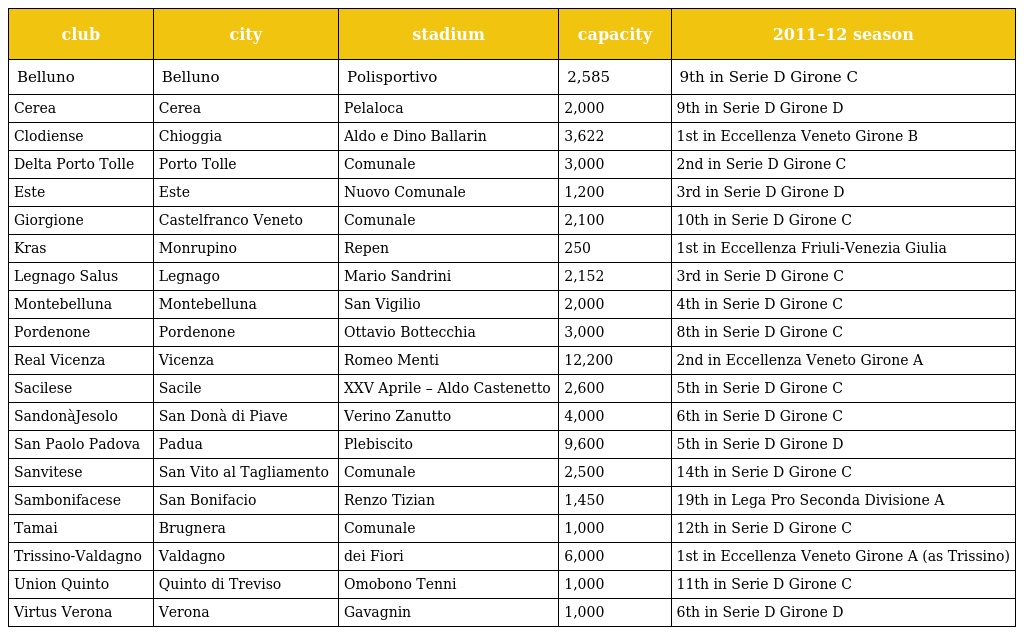
| club | city | stadium | capacity | 2011–12 season |
 | --- | --- | --- | --- | --- |
 | Belluno | Belluno | Polisportivo | 2,585 | 9th in Serie D Girone C |
 | Cerea | Cerea | Pelaloca | 2,000 | 9th in Serie D Girone D |
 | Clodiense | Chioggia | Aldo e Dino Ballarin | 3,622 | 1st in Eccellenza Veneto Girone B |
 | Delta Porto Tolle | Porto Tolle | Comunale | 3,000 | 2nd in Serie D Girone C |
 | Este | Este | Nuovo Comunale | 1,200 | 3rd in Serie D Girone D |
 | Giorgione | Castelfranco Veneto | Comunale | 2,100 | 10th in Serie D Girone C |
 | Kras | Monrupino | Repen | 250 | 1st in Eccellenza Friuli-Venezia Giulia |
 | Legnago Salus | Legnago | Mario Sandrini | 2,152 | 3rd in Serie D Girone C |
 | Montebelluna | Montebelluna | San Vigilio | 2,000 | 4th in Serie D Girone C |
 | Pordenone | Pordenone | Ottavio Bottecchia | 3,000 | 8th in Serie D Girone C |
 | Real Vicenza | Vicenza | Romeo Menti | 12,200 | 2nd in Eccellenza Veneto Girone A |
 | Sacilese | Sacile | XXV Aprile – Aldo Castenetto | 2,600 | 5th in Serie D Girone C |
 | SandonàJesolo | San Donà di Piave | Verino Zanutto | 4,000 | 6th in Serie D Girone C |
 | San Paolo Padova | Padua | Plebiscito | 9,600 | 5th in Serie D Girone D |
 | Sanvitese | San Vito al Tagliamento | Comunale | 2,500 | 14th in Serie D Girone C |
 | Sambonifacese | San Bonifacio | Renzo Tizian | 1,450 | 19th in Lega Pro Seconda Divisione A |
 | Tamai | Brugnera | Comunale | 1,000 | 12th in Serie D Girone C |
 | Trissino-Valdagno | Valdagno | dei Fiori | 6,000 | 1st in Eccellenza Veneto Girone A (as Trissino) |
 | Union Quinto | Quinto di Treviso | Omobono Tenni | 1,000 | 11th in Serie D Girone C |
 | Virtus Verona | Verona | Gavagnin | 1,000 | 6th in Serie D Girone D |